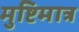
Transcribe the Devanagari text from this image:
मुष्टिमात्र